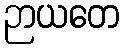
ဉာယတေ